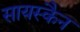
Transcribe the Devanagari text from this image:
सायस्कैन